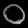
Digit: ၀